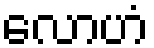
လောဟံ